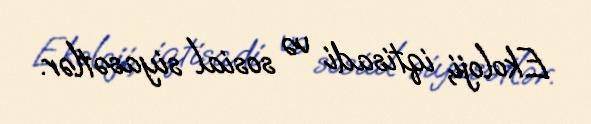
Ekoloji, iqtisadi və sosial siyasətlər.